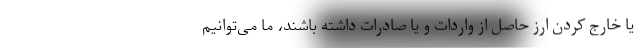
یا خارج کردن ارز حاصل از واردات و یا صادرات داشته باشند، ما می‌توانیم